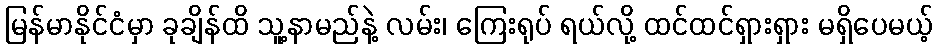
မြန်မာနိုင်ငံမှာ ခုချိန်ထိ သူ့နာမည်နဲ့ လမ်း၊ ကြေးရုပ် ရယ်လို့ ထင်ထင်ရှားရှား မရှိပေမယ့်